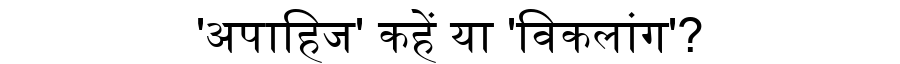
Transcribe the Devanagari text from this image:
'अपाहिज' कहें या 'विकलांग'?